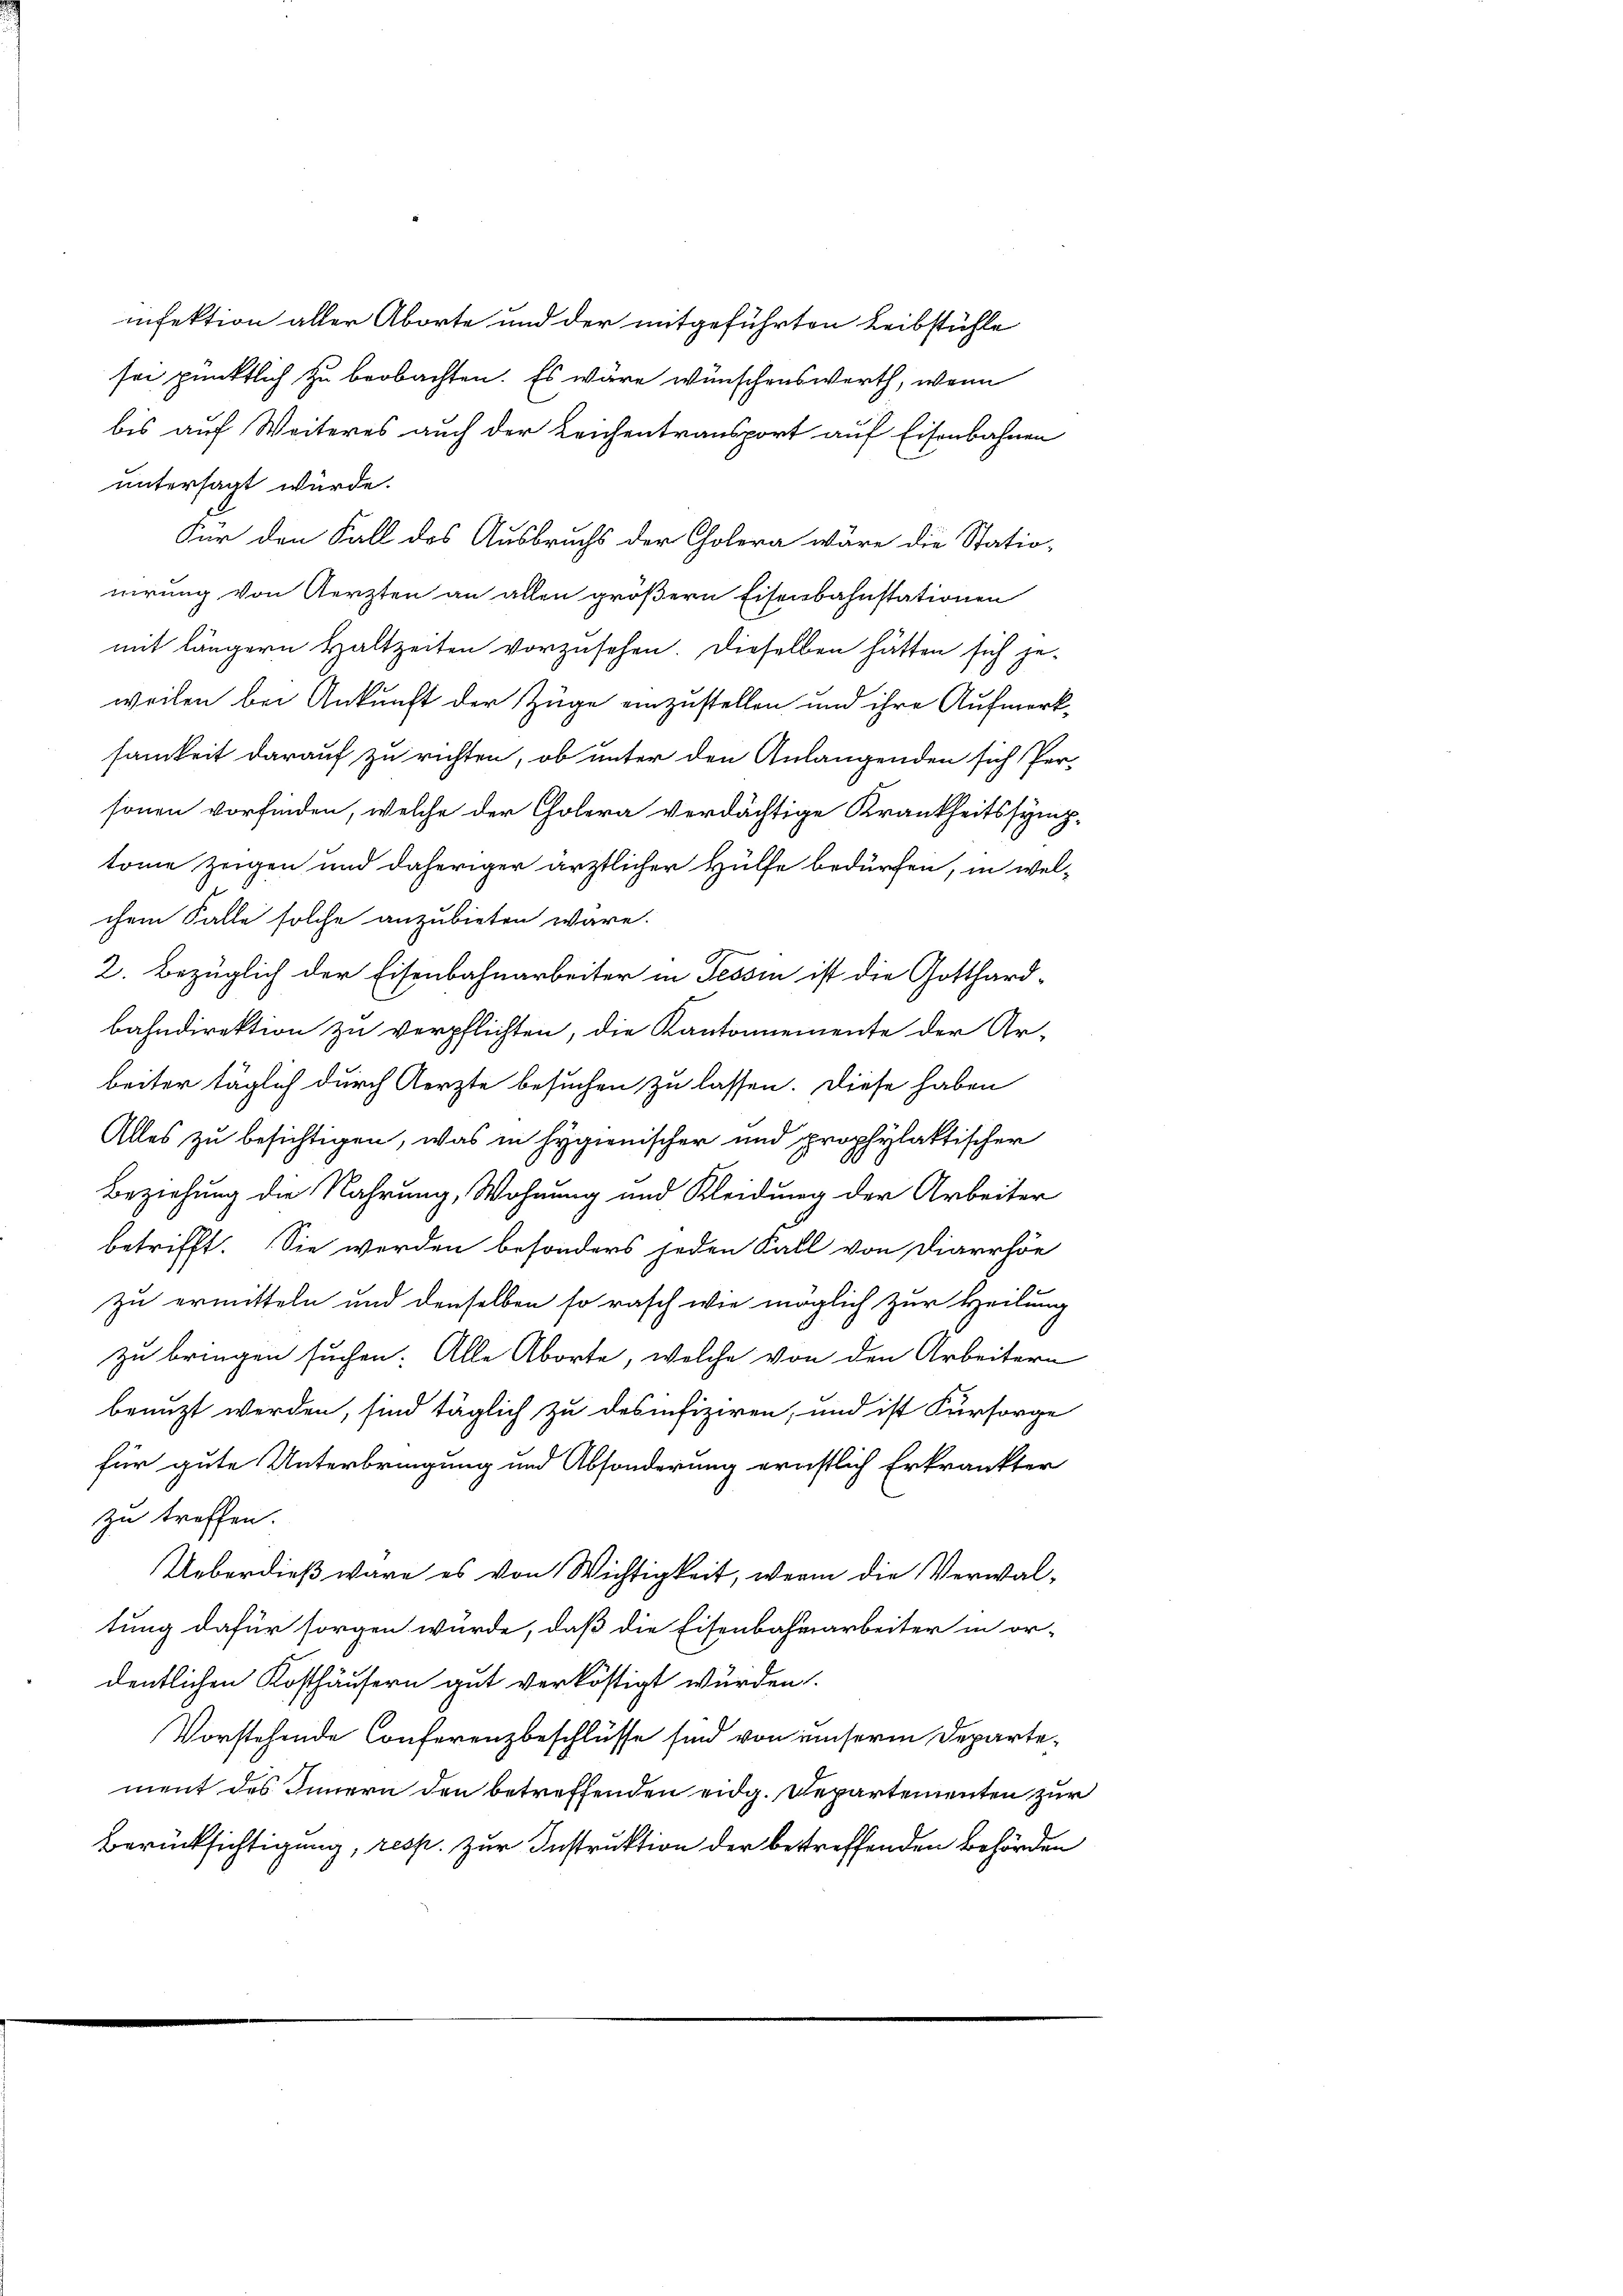
infektion aller Aborte und der mitgeführten Leibstühle
sei pünktlich zu beobachten. Es wäre wünschenswerth, wenn
bis auf Weiteres auch der Leichentransport auf Eisenbahnen
untersagt würde.
Für den Fall des Ausbruchs der Cholera wäre die Statio-
nirung von Aerzten an allen größern Eisenbahnstationen
mit längern Haltzeiten vorzusehen. Dieselben hätten sich jeweilen bei Ankunft der Züge einzustellen und ihre Aufmerksamkeit darauf zu richten, ob unter den Anlangenden sich Per-
sonen vorfinden, welche der Cholera verdächtige Krankheitssymp-
tomie zeigen und daheriger ärztlicher Hülfe bedürfen, in wel-
chem Falle solche anzubieten wäre.
2. Bezüglich der Eisenbahnarbeiter in Tessin ist die Gotthard-
bahndirektion zu verpflichten, die Kantonnemente der Ar-
beiter täglich durch Aerzte besuchen zu lassen. Diese haben
Alles zu besichtigen, was in Hygienischer und prophylaktischer
Beziehung die Nahrung, Wohnung und Kleidung der Arbeiter
betrifft. Sie werden besonders jeden Fall von Diarrhöe
zu ermitteln und denselben so rasch wie möglich zur Heilung
zu bringen suchen. Alle Aborte, welche von den Arbeitern
benuzt werden, sind täglich zu desinfiziren, und ist Fürsorge
für gute Unterbringung und Absonderung ernstlich Erkränkter
zu treffen.
Ueberdieß wäre es von Wichtigkeit, wenn die Verwal-
tung dafür sorgen würde, daß die Eisenbahnarbeiter in or-
dentlichen Kosthäusern gut verköstigt wurden.
Vorstehende Conferenzbeschlüsse sind von unserm Departement des Innern den betreffenden eidg. Departementen zur
Berücksichtigung, resp. Zur Instruktion der betreffenden Behörden